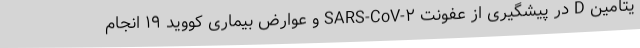
یتامین D در پیشگیری از عفونت SARS-CoV-۲ و عوارض بیماری کووید ۱۹ انجام